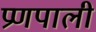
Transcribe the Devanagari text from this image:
प्रणपाली